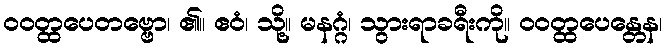
ဝဝတ္ထပေတဗ္ဗော၊ ၏။ ဧဝံ၊ သို့။ မနဂ္ဂံ၊ သွားရာခရီးကို။ ဝဝတ္ထပေန္တေန၊